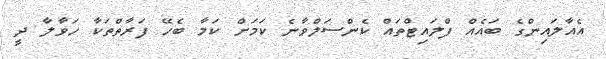
އެއާލައިންގެ ބައެއް ފްލައިޓްތައް ކެންސަލްވާނެ ކަމަށް ކަމާ ބެހޭ ފަރާތްތަކާ ހަވާލާ ދީ